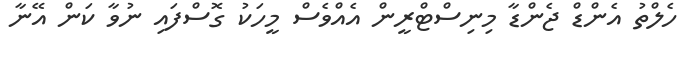
ހެލްތު އެންޑް ޖެންޑާ މިނިސްޓްރީން އެއްވެސް މީހަކު ގޮސްފައި ނުވާ ކަން އޭނާ